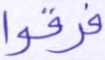
فرقوا